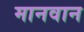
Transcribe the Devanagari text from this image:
मानवान